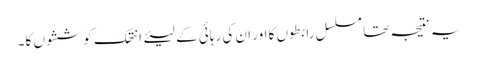
یہ نتیجہ تھا مسلسل رابطوں کا اور ان کی رہائی کے لیئے انتھک کوششوں کا۔